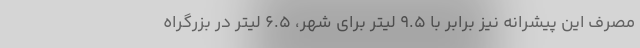
مصرف این پیشرانه نیز برابر با 9.5 لیتر برای شهر، 6.5 لیتر در بزرگراه